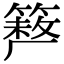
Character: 𥲪